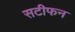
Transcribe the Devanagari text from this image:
सटीफन